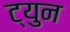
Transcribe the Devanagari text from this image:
ट्युन